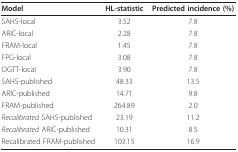
<table><thead><tr><td><b>Model</b></td><td><b>HL-statistic</b></td><td><b>Predicted incidence (%)</b></td></tr></thead><tbody><tr><td>SAHS-local</td><td>3.52</td><td>7.8</td></tr><tr><td>ARIC-local</td><td>2.28</td><td>7.8</td></tr><tr><td>FRAM-local</td><td>1.45</td><td>7.8</td></tr><tr><td>FPG-local</td><td>3.08</td><td>7.8</td></tr><tr><td>OGTT-local</td><td>3.90</td><td>7.8</td></tr><tr><td>SAHS-published</td><td>48.33</td><td>13.5</td></tr><tr><td>ARIC-published</td><td>14.71</td><td>9.8</td></tr><tr><td>FRAM-published</td><td>264.89</td><td>2.0</td></tr><tr><td><i>Recalibrated </i>SAHS-published</td><td>23.19</td><td>11.2</td></tr><tr><td><i>Recalibrated </i>ARIC-published</td><td>10.31</td><td>8.5</td></tr><tr><td>Recalibrated FRAM-published</td><td>103.15</td><td>16.9</td></tr></tbody></table>